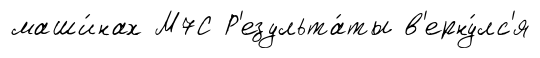
маши́нах М7С Р'езульта́ты в'ерну́лс'я